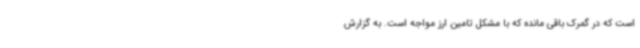
است که در گمرک باقی مانده که با مشکل تامین ارز مواجه است. به گزارش